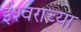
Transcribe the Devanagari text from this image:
ईश्‍वराच्या